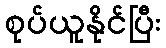
စုပ်ယူနိုင်ပြီး